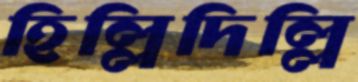
হিল্লিদিল্লি